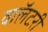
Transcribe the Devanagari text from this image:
वाॅलंटरी